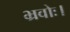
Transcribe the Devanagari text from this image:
भ्रवोः।